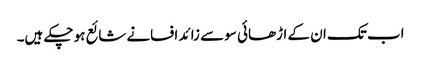
اب تک ان کے اڑھائی سو سے زائد افسانے شائع ہو چکے ہیں۔